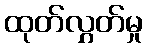
ထုတ်လွှတ်မှု